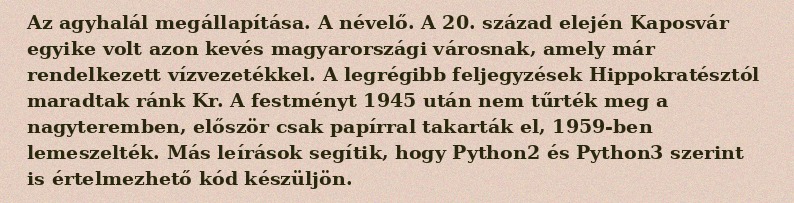
Az agyhalál megállapítása. A névelő. A 20. század elején Kaposvár egyike volt azon kevés magyarországi városnak, amely már rendelkezett vízvezetékkel. A legrégibb feljegyzések Hippokratésztól maradtak ránk Kr. A festményt 1945 után nem tűrték meg a nagyteremben, először csak papírral takarták el, 1959-ben lemeszelték. Más leírások segítik, hogy Python2 és Python3 szerint is értelmezhető kód készüljön.